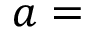
a =